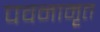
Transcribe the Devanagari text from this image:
पवनामृत